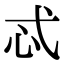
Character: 忒